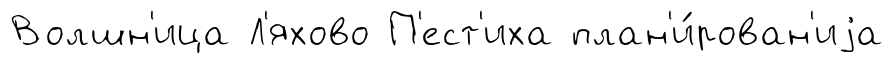
Волшн'ица Л'яхово П'ест'иха план'и́рован'иjа